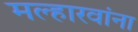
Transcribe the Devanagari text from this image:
मल्हारवांना